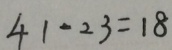
4 1 - 2 3 = 1 8